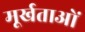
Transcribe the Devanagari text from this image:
मूर्खताओं